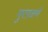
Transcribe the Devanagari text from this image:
मुरग़ळणे